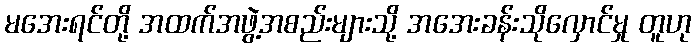
မအေးရင်တို့ အထက်အဖွဲ့အစည်းများသို့ အအေးခန်းသိုလှောင်မှု တူဟု